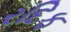
રદિફ